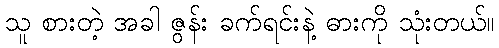
သူ စားတဲ့ အခါ ဇွန်း ခက်ရင်းနဲ့ ဓားကို သုံးတယ်။